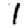
Digit: 1